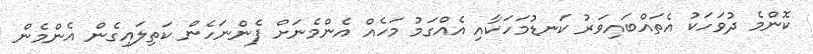
ކޮންމެ ދުވަހަކު އެތައްބައިވަރު ކަނޑުމަހަކާއި އެއްގަމު މަހެއް އެންމެނަށް ފެންނަހެން ކަތިލައިގެން އެންމެން